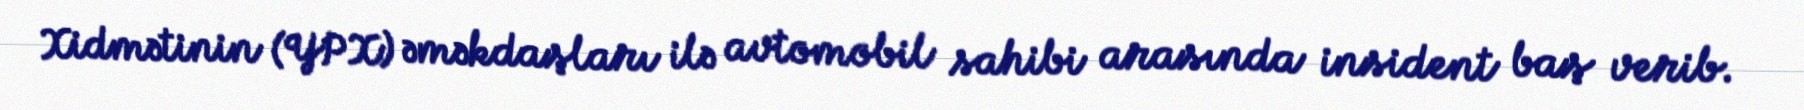
Xidmətinin (YPX) əməkdaşları ilə avtomobil sahibi arasında insident baş verib.